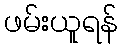
ဖမ်းယူရန်